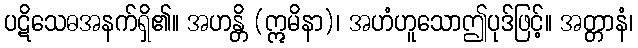
ပဋိသေဓအနက်ရှိ၏။ အဟန္တိ (ဣမိနာ)၊ အဟံဟူသောဤပုဒ်ဖြင့်။ အတ္တာနံ၊